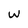
Character: w